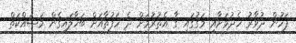
ފަހުން ދުވާރު ހެދުމަށާއި މަގުގައި ގާ އެތުރުމަށް ދެ ހަފުތާއަށް ބަހާލައިގެން މަސައްކަތް